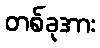
တစ်ခုအား